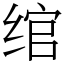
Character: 绾